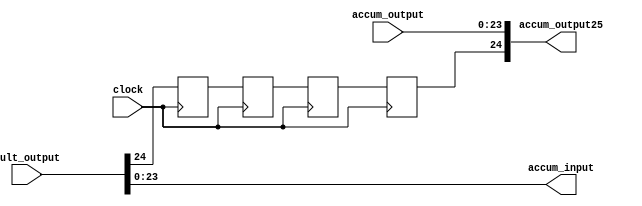
module syncAccum (clock, mult_output, accum_input, accum_output, accum_output25);

input        clock;
input [24:0] mult_output;
input [23:0] accum_output;

output [23:0] accum_input;
output [24:0] accum_output25;

wire [23:0] accum_input;
wire [24:0] accum_output25;

reg dirtybuff1, dirtybuff2, dirtybuff3, dirtybuff4;

assign accum_input = mult_output[23:0];

always@(posedge clock)
begin

	dirtybuff1 <= mult_output[24];
	dirtybuff2 <= dirtybuff1;
	dirtybuff3 <= dirtybuff2;
	dirtybuff4 <= dirtybuff3;
end

assign accum_output25[24] = dirtybuff4;
assign accum_output25[23:0] = accum_output;

endmodule